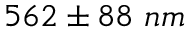
5 6 2 \pm 8 8 ~ n m